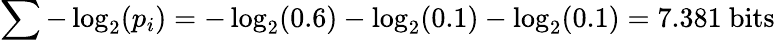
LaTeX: \sum-\log_{2}(p_{i})=-\log_{2}(0.6)-\log_{2}(0.1)-\log_{2}(0.1)=7.381{\mathrm{~bits}}